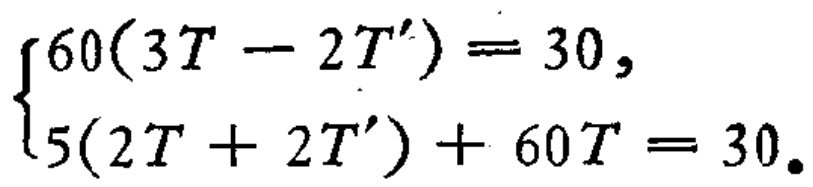
$\begin{cases}
60(3T - 2T') = 30,\\
5(2T + 2T') + 60T = 30.
\end{cases}$